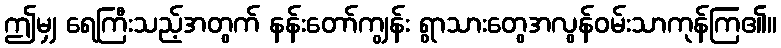
ဤမျှ ရေကြီးသည့်အတွက် နန်းတော်ကျွန်း ရွာသားတွေအလွန်ဝမ်းသာကုန်ကြ၏။